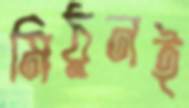
মিঠুনই